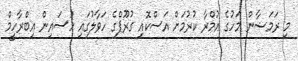
މި ރަމަޟާން މަހުގެ އުމްރާ ކުރުމަށް އަސްކޮއި ގުރޫޕްގެ ހަވާލުގައި ހުސައިން އިބްރާހީމް